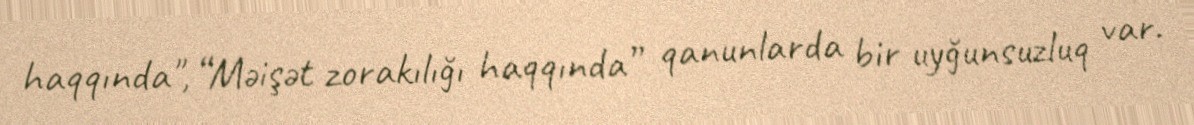
haqqında", “Məişət zorakılığı haqqında” qanunlarda bir uyğunsuzluq var.